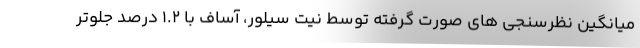
میانگین نظرسنجی های صورت گرفته توسط نیت سیلور، آساف با 1.2 درصد جلوتر